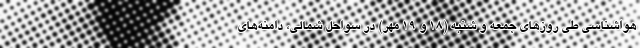
هواشناسی طی روزهای جمعه و شنبه (۱۸ و ۱۹ مهر) در سواحل شمالی، دامنه‌های